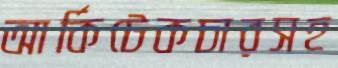
আর্কিটেকচারসহ